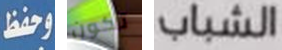
وحفظ تكون الشباب